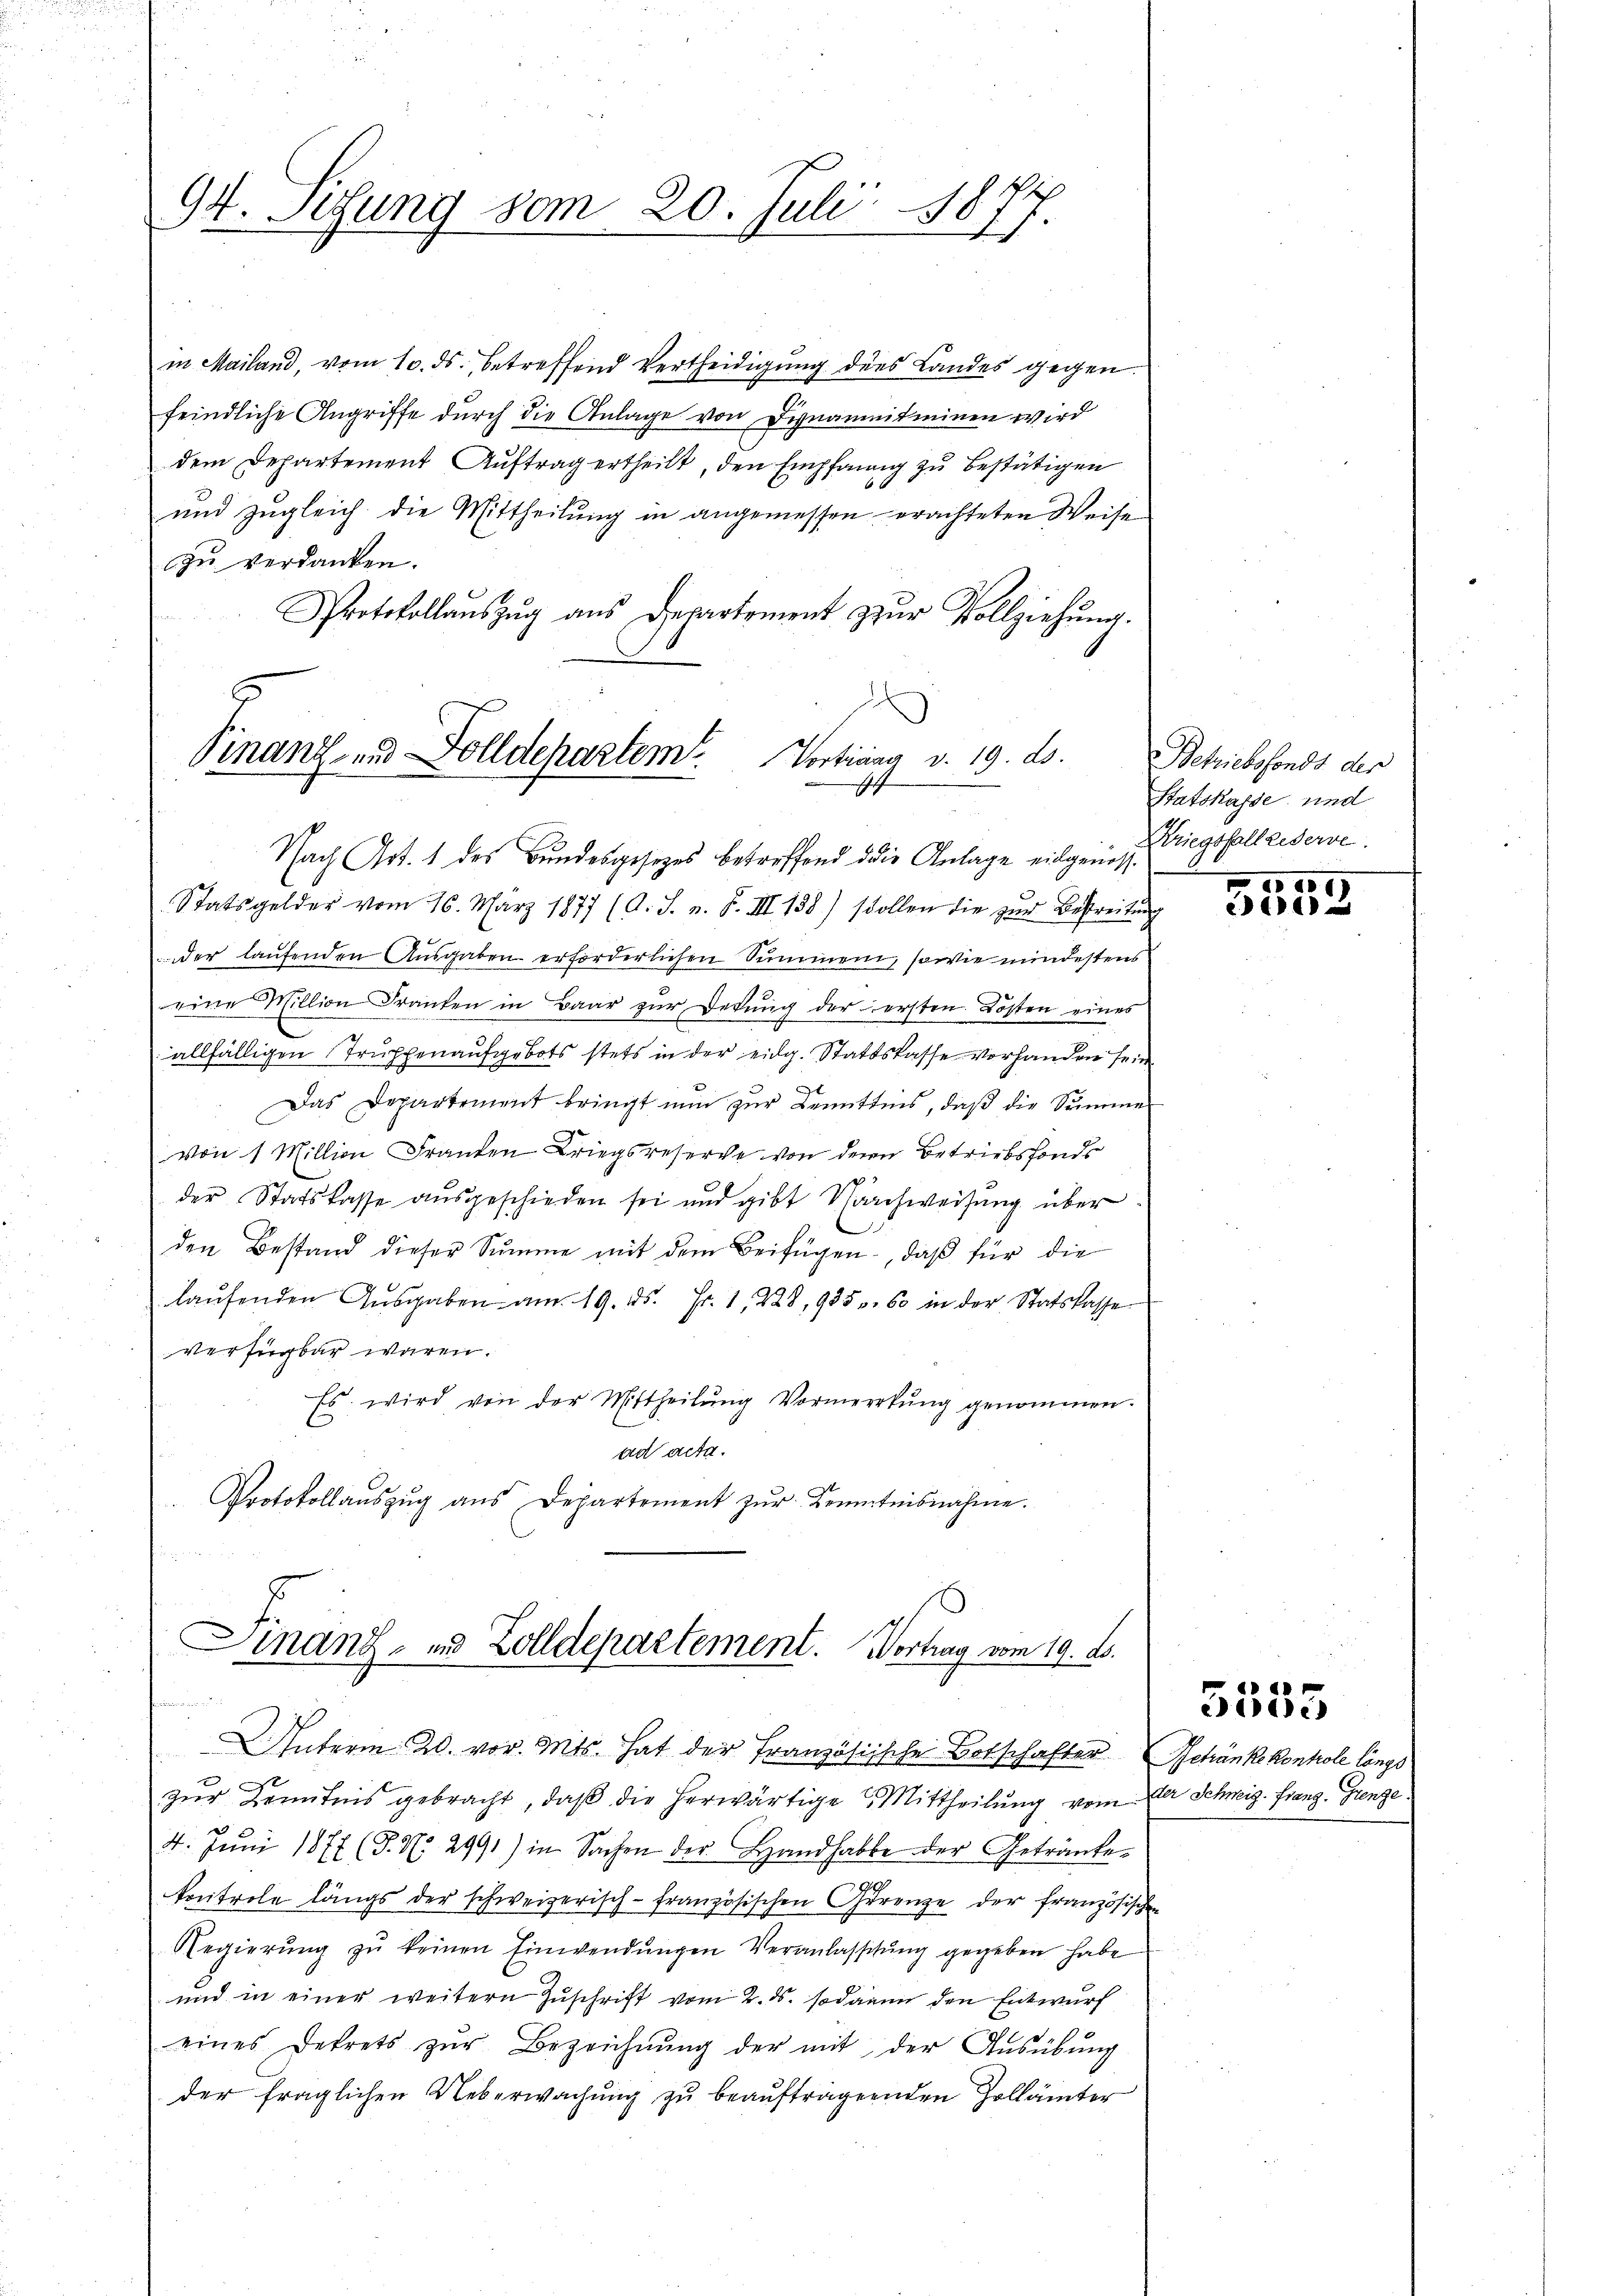
94. Setzung vom 20. Juli 1877.

in Mailand, vom 10. ds., betreffend Vertheidigung ders Landes gegen
feindliche Angriffe durch die Anlage von Dignamnitminen wird
dem Departement Auftrag ertheilt, den Empfang zu bestätigen
und zugleich die Mittheilŭng in angemessen erachteten Weise
zu verdanken.
Protokollaŭszŭg ans Departement zŭr Vollziehŭng.

Sinanz- und Dolldepartem Vortrang v. 19. ds.
4

Finanz- und Zolldepartement. Vortrag vom 19. ds.

Nach Art. 1 des Bundesgesetzes betreffend die Anlage vilgen, z. Kriegsfall reserve
Statsgelder vom 16. März 1877 (A. S. n. F. III 138) sollen die zŭr Bestreitŭng
nder laufenden Ausgaben erforderlichen Summen, sowie mindestens
eine Million dranten in Baar zŭr Dekŭng der ersten. Kosten eines
allfälligen Truppenaufgebots stets in der eidg. Stattskasse vorhanden sein.
Das Departement bringt nun zur Bemittens, daß die Summe
von 1 Million Franten Kriegsreserve von der Betriebsfonds
der Statskasse aŭsgeschieden sei und gibt Nachweisung über
.
den Bestand dieser Summe mit dem Beifügen, daß für die
laŭfenden Aŭsgaben am 19. ds. Fr. 1, 228, 935. 60 in der Statskasse
verfügbar waren.
Es wird von der Mittheilung Vormerkŭng genommen.
ad acta.
Protokollaŭszŭg ans Departement zŭr Kenntnisnahme.

zur Kenntnis gebracht, daß die herwärtige Mittheilung vom der Schweiz. Franz. Grenze
4. Jŭni 1877 (T. N. 2991) in Sachen der Handhabbe der Getränke
kontrole längs der schweizerisch-französischen Grenze der französischen
Regierŭng zŭ keinen Einwendŭngen Veranlassŭng gegeben habe
und in einer weitern Zŭschrift vom 2. ds. sodann den Entwurf
eines Dekrets zŭr Bezeichnŭng der mit der Aŭsübŭng
der fraglichen Ueberwachung zu beauftragenden Zollämter

UInterm 20. vor. Mts. hat der Französische Botschafter Betränke kontrole längs

Betriebsfonds der
Statskasse und

6)
1

e
Bides